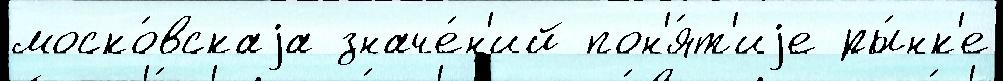
моско́вскаjа значе́н'ий пон'я́т'иjе ры́нк'е